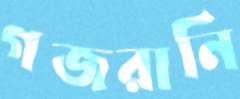
গজরানি